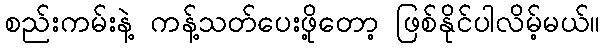
စည်းကမ်းနဲ့ ကန့်သတ်ပေးဖို့တော့ ဖြစ်နိုင်ပါလိမ့်မယ်။